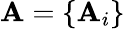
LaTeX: \mathbf{A}=\{ \mathbf{A}_{i}\}